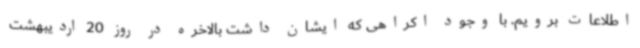
اطلاعات برویم. با وجود اکراهی که ایشان داشت بالاخره در روز 20 اردیبهشت